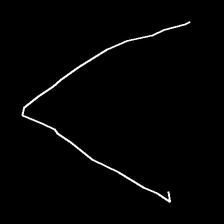
Glyph: region